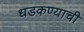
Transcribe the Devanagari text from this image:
धडकण्याची